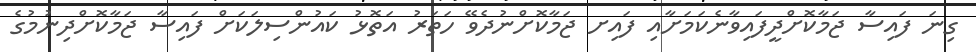
ގިނަ ފައިސާ ޖަމާކޮށްދީފައިވާނެކަމަށާއި ފައިށ ޖަމާކޮށްނުދެވޭ ހަތަރު އަތޮޅު ކައުންސިލަކަށް ފައިސާ ޖަމާކޮށްދިނުމުގެ